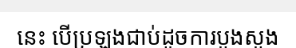
នេះ បើប្រឡងជាប់ដូចការបួងសួង